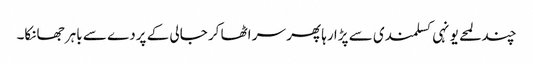
چند لمحے یونہی کسلمندی سے پڑا رہا پھر سر اٹھا کر جالی کے پردے سے باہر جھانکا۔